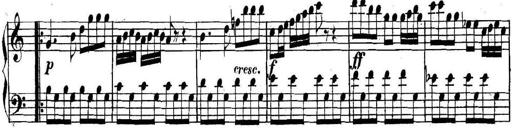
Title: Collected Piano Sonatas
Composer: Muzio Clementi